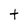
Character: t